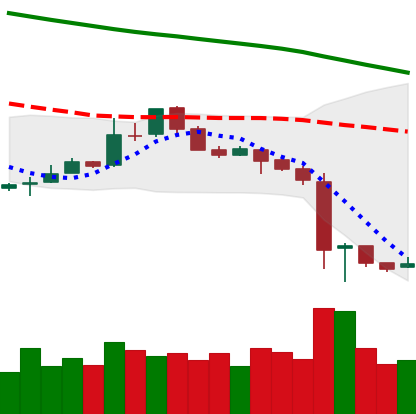
Ticker: LTC-USD
Chart end date: 2018-11-18
Forward return: -24.022%
Label: down_7plus